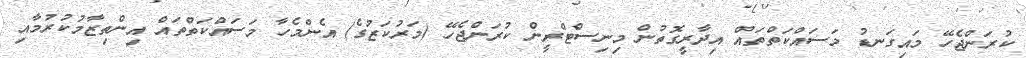
ކުރަންޖެހޭ މައިގަނޑު މަސައްކަތްތައް އިދާރީގޮތުން މިނިސްޓްރީން ކުރަންޖެހޭ (މަރުކަޒުގެ) އެންމެހާ މަސައްކަތްތައް އިންތިޒާމުކުރުމާއި